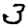
Digit: 3